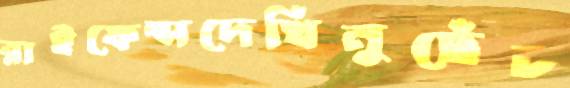
রাইফেল্সদেখিনুছেঁচ